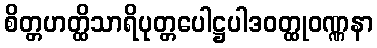
စိတ္တဟတ္ထိသာရိပုတ္တပေါဋ္ဌပါဒဝတ္ထုဝဏ္ဏနာ